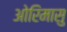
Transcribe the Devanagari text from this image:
ओरिमासु